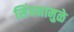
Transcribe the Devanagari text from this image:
सिंचनामुळे